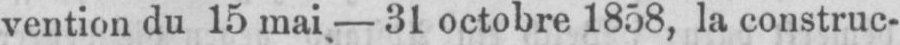
vention du 15 mai- 31 octobre 1858, la construc-